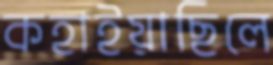
কহাইয়াছিলে